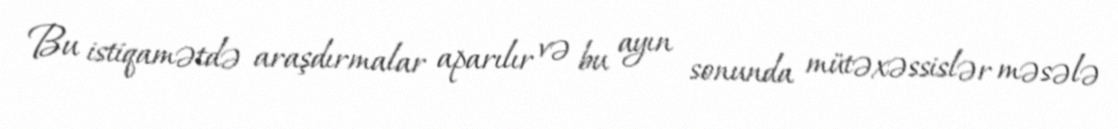
Bu istiqamətdə araşdırmalar aparılır və bu ayın sonunda mütəxəssislər məsələ